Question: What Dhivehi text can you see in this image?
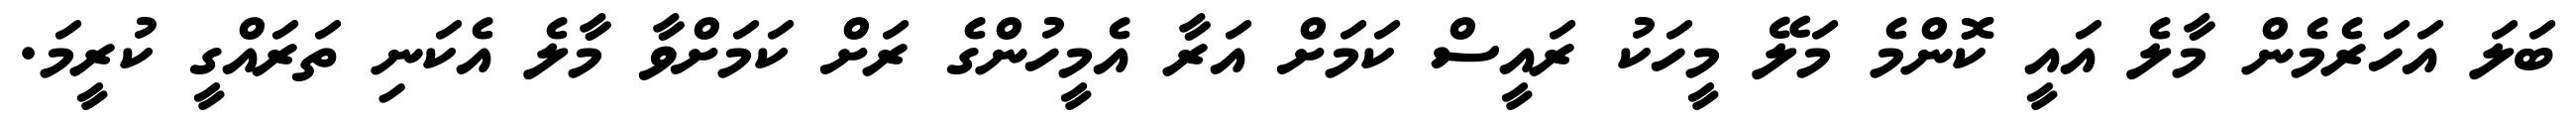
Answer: ބަލަ އަހަރެމެން މާލެ އައީ ކޮންމެ މަލޭ މީހަކު ރައީސް ކަމަށް އަރާ އެމީހުންގެ ރަށް ކަމަށްވާ މާލެ އެކަނި ތަރައްގީ ކުރީމަ.